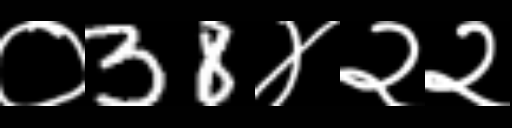
Text: ०38४२२